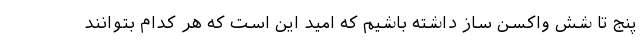
پنج تا شش واکسن ساز داشته باشیم که امید این است که هر کدام بتوانند